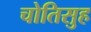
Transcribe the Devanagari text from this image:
चोतिसुह